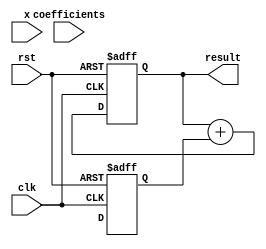
module cordic_poly_eval #(
    parameter COEFF_WIDTH = 16, // Width of coefficients
    parameter X_WIDTH = 16,      // Width of input x
    parameter RESULT_WIDTH = 32, // Width of result
    parameter DEGREE = 4         // Degree of polynomial
)(
    input wire clk,
    input wire rst,
    input wire [X_WIDTH-1:0] x, // Input value
    input wire [COEFF_WIDTH*DEGREE-1:0] coefficients, // Coefficients array
    output reg [RESULT_WIDTH-1:0] result // Evaluated polynomial value
);

    // Internal signals
    reg [RESULT_WIDTH-1:0] term [0:DEGREE]; // Polynomial terms
    reg [RESULT_WIDTH-1:0] coeff [0:DEGREE]; // Coefficients unpacked
    reg [RESULT_WIDTH-1:0] x_power; // Current power of x
    integer i;

    // Unpack coefficients
    always @(*) begin
        for (i = 0; i <= DEGREE; i = i + 1) begin
            coeff[i] = coefficients[(i+1)*COEFF_WIDTH-1 -: COEFF_WIDTH];
        end
    end

    // Polynomial evaluation
    always @(posedge clk or posedge rst) begin
        if (rst) begin
            result <= 0;
            x_power <= 1; // x^0 = 1
            for (i = 0; i <= DEGREE; i = i + 1) begin
                term[i] <= 0;
            end
        end else begin
            // Compute each term iteratively
            for (i = 0; i <= DEGREE; i = i + 1) begin
                if (i == 0) begin
                    term[i] <= coeff[i]; // c_0
                end else begin
                    term[i] <= coeff[i] * x_power; // c_i * x^i
                end
                x_power <= x_power * x; // Update x_power to x^(i+1)
            end
            
            // Sum all terms
            result <= 0;
            for (i = 0; i <= DEGREE; i = i + 1) begin
                result <= result + term[i];
            end
        end
    end
endmodule